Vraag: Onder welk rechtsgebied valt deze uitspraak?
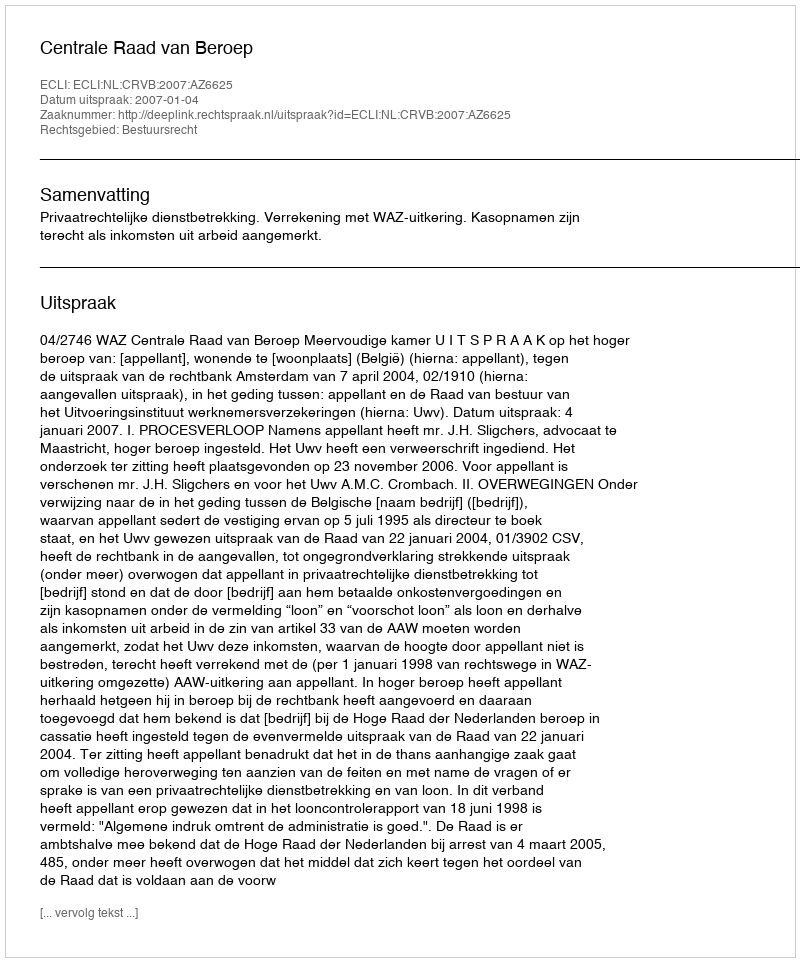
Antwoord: Bestuursrecht